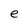
Character: e